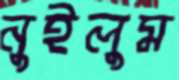
নুইলুম